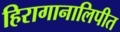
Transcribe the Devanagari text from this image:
हिरागानालिपीत